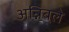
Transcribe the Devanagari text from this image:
अन्निबले